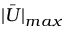
\bar { | U | } _ { m a x }